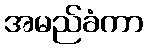
အမည်ခံကာ